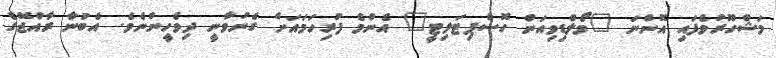
މަޝްހޫރުވެފައި އޮންނަ "މޯލްޑިވިއަން ހޮސްޕިޓަލިޓީ" އެންމެ ފުރިހަމައަށް ގެނުވާނީ ދިވެހީންނެވެ. އެބުނާ ރާއްޖޭގެ